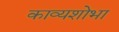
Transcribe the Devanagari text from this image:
काव्यशोभा